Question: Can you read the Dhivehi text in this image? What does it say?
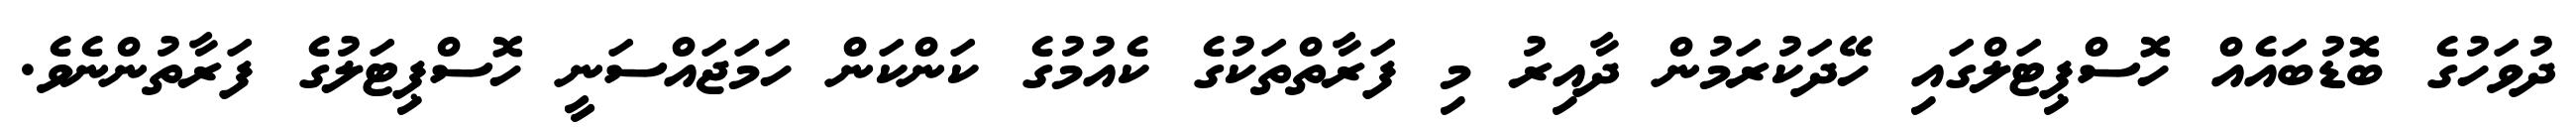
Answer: ދުވަހުގެ ބޮޑުބައެއް ހޮސްޕިޓަލްގައި ހޭދަކުރަމުން ދާއިރު މި ފަރާތްތަކުގެ ކެއުމުގެ ކަންކަން ހަމަޖައްސަނީ ހޮސްޕިޓަލުގެ ފަރާތުންނެވެ.